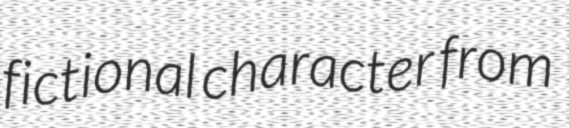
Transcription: fictional character from